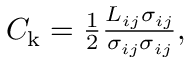
\begin{array} { r } { C _ { \mathrm { k } } = \frac { 1 } { 2 } \frac { L _ { i j } \sigma _ { i j } } { \sigma _ { i j } \sigma _ { i j } } , } \end{array}